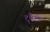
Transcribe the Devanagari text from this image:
टुमैटो